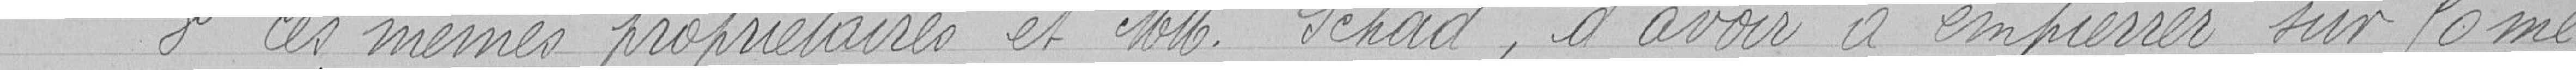
" 3° Ces mêmes propriétaires et Messieurs Schad, d'avoir à empierrer sur 50 mè-